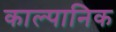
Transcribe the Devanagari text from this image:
काल्पानिक